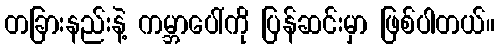
တခြားနည်းနဲ့ ကမ္ဘာပေါ်ကို ပြန်ဆင်းမှာ ဖြစ်ပါတယ်။